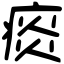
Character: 痰